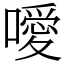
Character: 噯